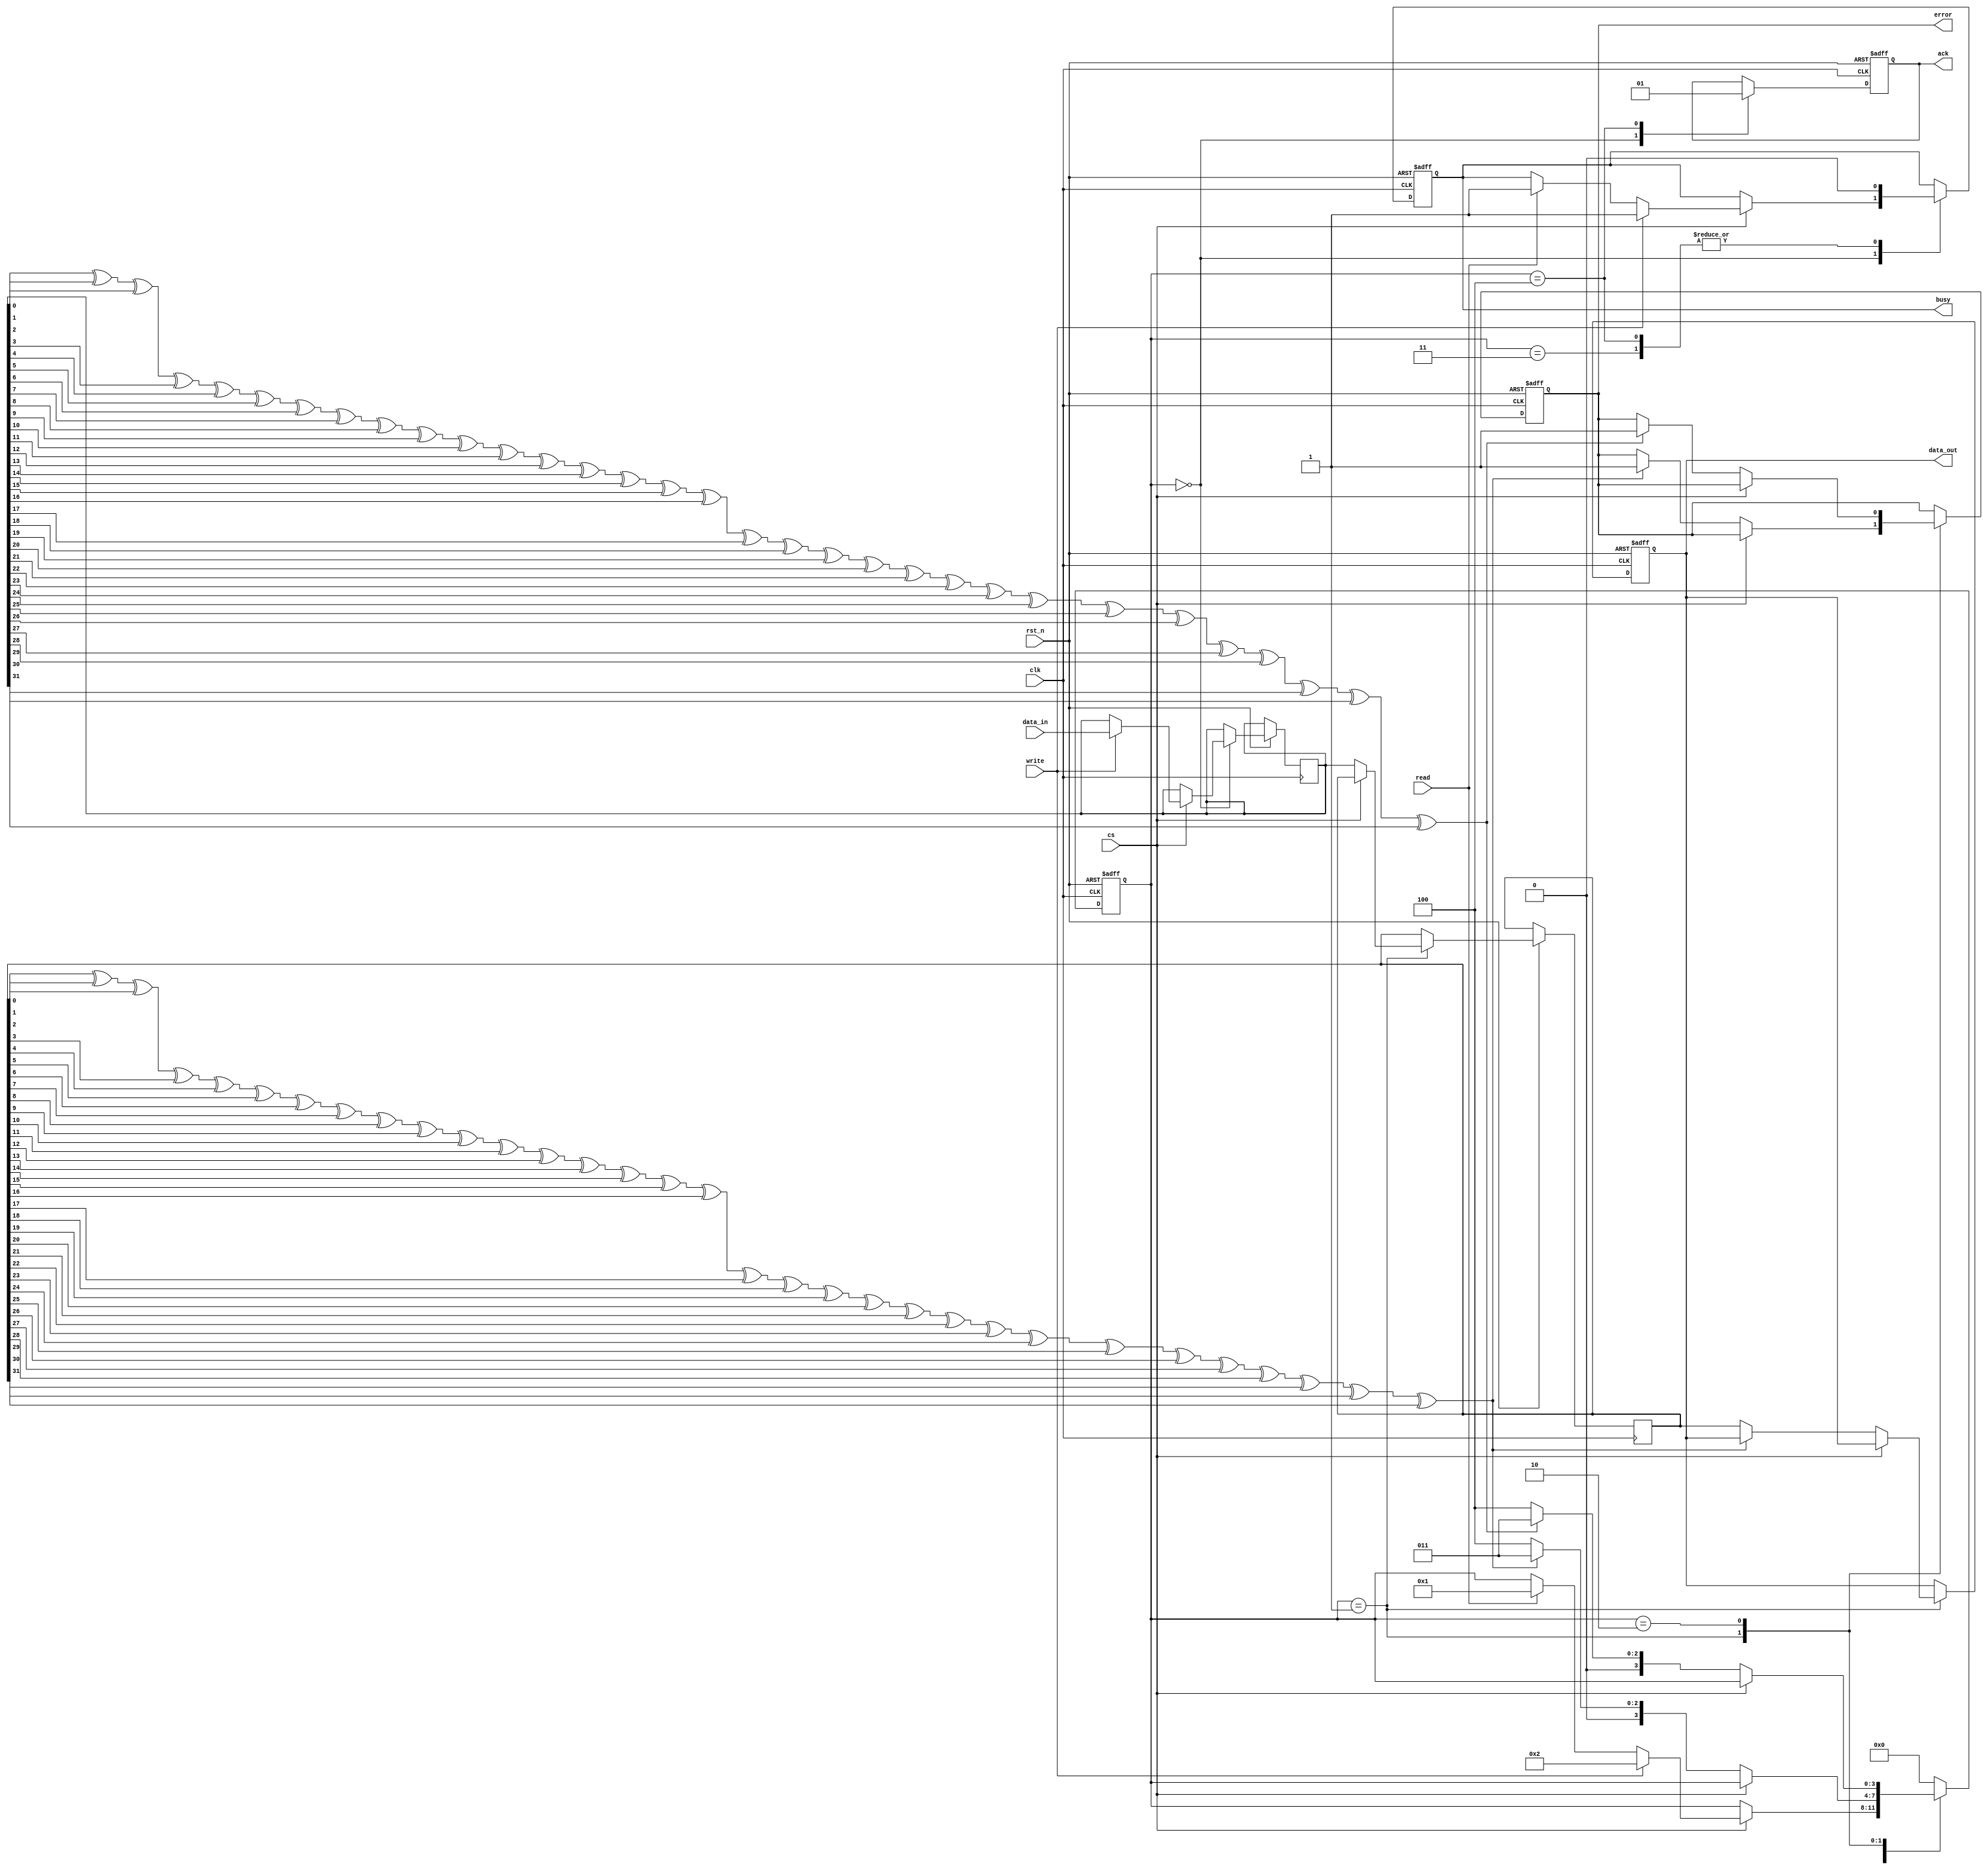
module SSD_IO_Block (
    input wire clk,              // System clock
    input wire rst_n,            // Active low reset
    input wire [31:0] data_in,   // Data input from host
    input wire cs,               // Chip Select
    input wire read,             // Read command
    input wire write,            // Write command
    output reg [31:0] data_out,  // Data output to host
    output reg ack,              // Acknowledge signal
    output reg busy,             // Busy signal
    output reg error             // Error signal
);

    // Internal signals
    reg [31:0] input_buffer;     // Input buffer
    reg [31:0] output_buffer;    // Output buffer
    reg [3:0] state;             // State machine
    reg error_detected;          // Error detection flag

    // State encoding
    localparam IDLE       = 4'b0000;
    localparam READ       = 4'b0001;
    localparam WRITE      = 4'b0010;
    localparam ERROR      = 4'b0011;
    localparam ACK        = 4'b0100;

    // Error detection logic (simple parity check for demonstration)
    function parity_check;
        input [31:0] data;
        integer i;
        begin
            parity_check = 0;
            for (i = 0; i < 32; i = i + 1) begin
                parity_check = parity_check ^ data[i];
            end
        end
    endfunction

    // State machine for control logic
    always @(posedge clk or negedge rst_n) begin
        if (!rst_n) begin
            state <= IDLE;
            ack <= 0;
            busy <= 0;
            error <= 0;
            data_out <= 32'b0;
        end else begin
            case (state)
                IDLE: begin
                    ack <= 0;
                    if (cs) begin
                        if (write) begin
                            input_buffer <= data_in; // Store incoming data
                            busy <= 1;
                            state <= WRITE;
                        end else if (read) begin
                            busy <= 1;
                            state <= READ;
                        end
                    end
                end

                READ: begin
                    if (!cs) begin // Assuming chip select goes low to indicate readiness
                        output_buffer <= input_buffer; // Read from input buffer
                        if (parity_check(output_buffer) != 0) begin
                            error <= 1; // Error detected
                            state <= ERROR;
                        end else begin
                            data_out <= output_buffer; // Send data to host
                            state <= ACK;
                        end
                    end
                end

                WRITE: begin
                    if (!cs) begin
                        // Write data to storage (not implemented in this example)
                        // Here, you would typically write to NAND flash
                        if (parity_check(input_buffer) != 0) begin
                            error <= 1; // Error detected
                            state <= ERROR;
                        end else begin
                            // Successful write operation
                            state <= ACK;
                        end
                    end
                end

                ERROR: begin
                    // Handle error condition
                    busy <= 0;
                    state <= IDLE; // Reset to IDLE after error
                end

                ACK: begin
                    ack <= 1; // Send acknowledgment
                    busy <= 0; // Clear busy state
                    state <= IDLE; // Go back to IDLE
                end

                default: state <= IDLE; // Default case
            endcase
        end
    end
endmodule